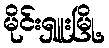
မိုင်းရှူးမြို့